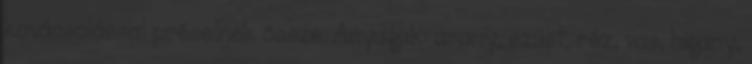
kovácsolással préselnek össze. Anyaguk: arany, ezüst, réz, vas, higany,